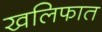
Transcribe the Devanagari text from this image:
खलिफात